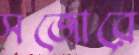
সজোরে